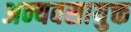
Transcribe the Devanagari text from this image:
अन्यवसायुक्त